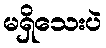
မရှိသေးပဲ